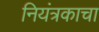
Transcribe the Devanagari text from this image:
नियंत्रकाचा